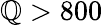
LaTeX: \mathbb{Q}>800